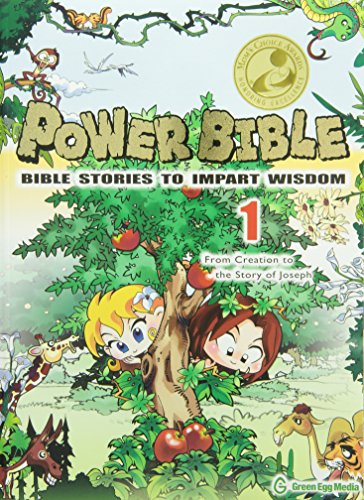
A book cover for Power Bible: Bible Stories to Impart Wisdom - Complete Set (10 Books); Shin-joong Kim; Comics & Graphic Novels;